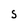
Character: S